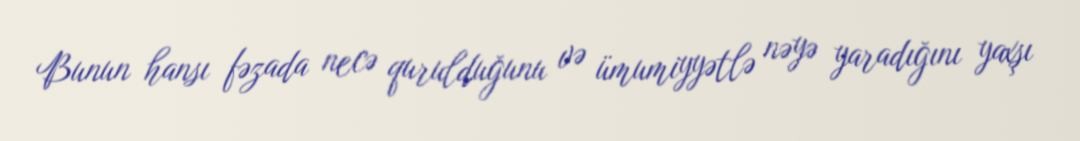
Bunun hansı fəzada necə qurulduğunu və ümumiyyətlə nəyə yaradığını yaxşı